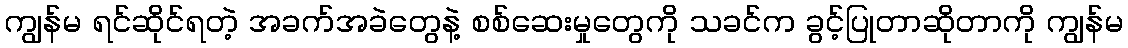
ကျွန်မ ရင်ဆိုင်ရတဲ့ အခက်အခဲတွေနဲ့ စစ်ဆေးမှုတွေကို သခင်က ခွင့်ပြုတာဆိုတာကို ကျွန်မ